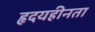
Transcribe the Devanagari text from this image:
हृदयहीनता